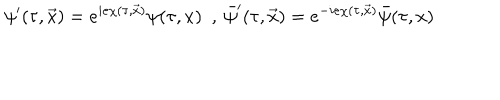
\psi ^ { \prime } ( \tau , \vec { x } ) = e ^ { i e \chi ( \tau , \vec { x } ) } \psi ( \tau , x ) { } ~ ~ , ~ \bar { \psi } ^ { \prime } ( \tau , \vec { x } ) = e ^ { - i e \chi ( \tau , \vec { x } ) } \bar { \psi } ( \tau , x )